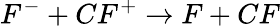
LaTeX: F^{-}+CF^{+}\rightarrow F+CF